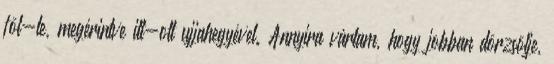
föl-le, megérintve itt-ott ujjahegyével. Annyira vártam, hogy jobban dörzsölje,